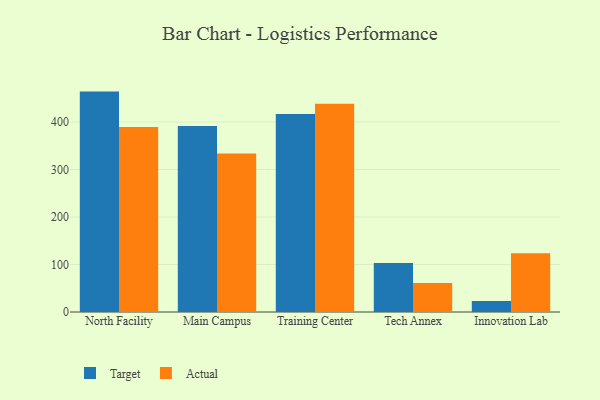
{"axis": {"x": "Campus", "y": "Net Income (USD K)"}, "legend": ["Actual", "Target"], "data": [{"x": "North Facility", "y": 463.9, "type": "Target"}, {"x": "North Facility", "y": 389.6, "type": "Actual"}, {"x": "Main Campus", "y": 391.3, "type": "Target"}, {"x": "Main Campus", "y": 333.4, "type": "Actual"}, {"x": "Training Center", "y": 416.7, "type": "Target"}, {"x": "Training Center", "y": 438.1, "type": "Actual"}, {"x": "Tech Annex", "y": 103.0, "type": "Target"}, {"x": "Tech Annex", "y": 61.2, "type": "Actual"}, {"x": "Innovation Lab", "y": 23.3, "type": "Target"}, {"x": "Innovation Lab", "y": 123.8, "type": "Actual"}]}